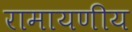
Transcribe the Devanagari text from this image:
रामायणीय